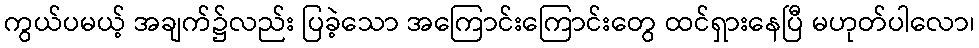
ကွယ်ပမယ့် အချက်၌လည်း ပြခဲ့သော အကြောင်းကြောင်းတွေ ထင်ရှားနေပြီ မဟုတ်ပါလော၊